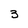
Character: 3